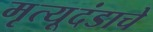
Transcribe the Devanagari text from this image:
मृत्यूदंडाचे